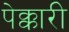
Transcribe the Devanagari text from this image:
पेक्कारी